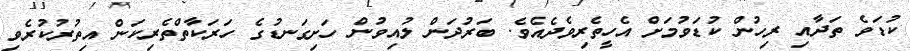
ކުޑަވެ ތަދާއި ރިހުން ކުޑަވުމަށް އެހީތެރިވެދެއެވެ. ބަރުދަން ލުއިވުން ހަށިގަނޑުގެ ހަރަކާތްތެރިކަން އިތުރުކުރެވި